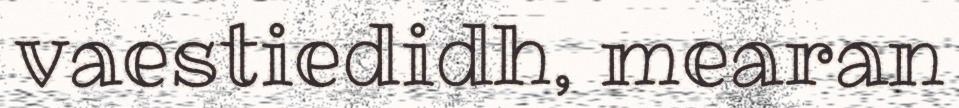
vaestiedidh, mearan